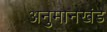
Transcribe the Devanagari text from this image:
अनुमानखंड